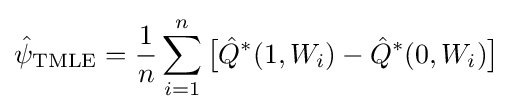
{\hat {\psi }}_{\text{TMLE}}={\frac {1}{n}}\sum _{i=1}^{n}{\big [}{\hat {Q}}^{*}(1,W_{i})-{\hat {Q}}^{*}(0,W_{i}){\big ]}